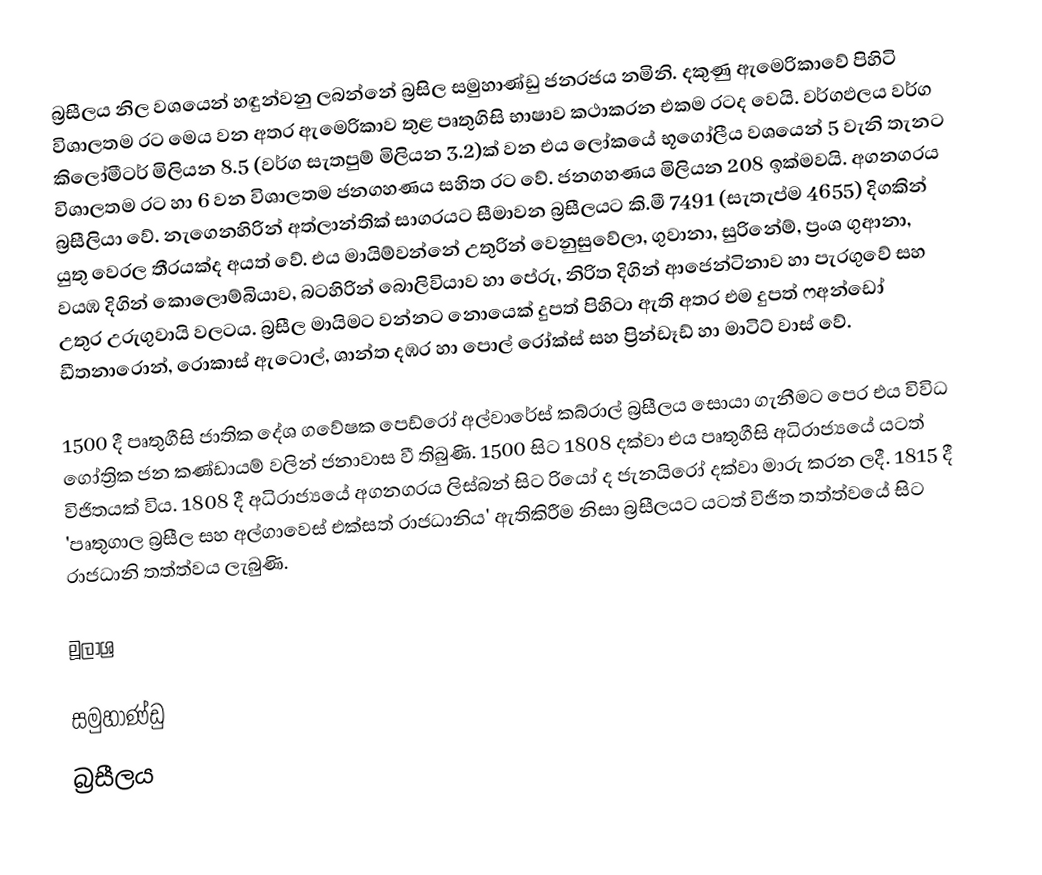
බ්‍රසීලය නිල වශයෙන් හඳුන්වනු ලබන්නේ බ්‍රසිල සමුහාණ්ඩු ජනරජය නමිනි.  දකුණු ඇමෙරිකාවේ පිහිටි විශාලතම රට මෙය වන අතර ඇමෙරිකාව තුළ පෘතුගිසි භාෂාව කථාකරන එකම රටද වෙයි. වර්ගඵලය වර්ග කිලෝමීටර් මිලියන 8.5 (වර්ග සැතපුම් මිලියන 3.2)ක් වන එය ලෝකයේ භූගෝලීය වශයෙන් 5 වැනි තැනට විශාලතම රට හා 6 වන විශාලතම ජනගහණය සහිත රට වේ. ජනගහණය මිලියන 208 ඉක්මවයි. අගනගරය බ්‍රසීලියා වේ. නැගෙනහිරින් අත්ලාන්තික් සාගරයට සීමාවන බ්‍රසීලයට කි.මී 7491 (සැතැප්ම 4655) දිගකින් යුතු වෙරල තීරයක්ද අයත් වේ. එය මායිම්වන්නේ උතුරින් වෙනුසුවේලා, ගුවානා, සුරිනේම්, ප්‍රංශ ගුආනා, වයඹ දිගින් කොලොම්බියාව, බටහිරින් බොලිවියාව හා පේරු, නිරිත දිගින් ආජෙන්ටිනාව හා පැරගුවේ සහ උතුර උරුගුවායි වලටය. බ්‍රසීල මායිමට වන්නට නොයෙක් දුපත් පිහිටා ඇති අතර එම දුපත් ෆඅන්ඩෝ ඩීතනාරොන්, රොකාස් ඇටොල්, ශාන්ත දඹර හා පොල් රෝක්ස් සහ ප්‍රින්ඩෑඩ් හා මාටිට් වාස් වේ.

1500 දී පෘතුගීසි ජාතික දේශ ගවේෂක පෙඩ්රෝ අල්වාරේස් කබ්රාල් බ්‍රසීලය සොයා ගැනීමට පෙර එය විවිධ ගෝත්‍රික ජන කණ්ඩායම් වලින් ජනාවාස වී තිබුණි. 1500 සිට 1808 දක්වා එය පෘතුගීසි අධිරාජ්‍යයේ යටත් විජිතයක් විය. 1808 දී අධිරාජ්‍යයේ අගනගරය ලිස්බන් සිට රියෝ ද ජැනයිරෝ දක්වා මාරු කරන ලදී. 1815 දී 'පෘතුගාල බ්‍රසීල සහ අල්ගාවෙස් එක්සත් රාජධානිය' ඇතිකිරීම නිසා බ්‍රසීලයට යටත් විජිත තත්ත්වයේ සිට රාජධානි තත්ත්වය ලැබුණි.

මූලාශ්‍ර

සමුහාණ්ඩු
බ්‍රසීලය